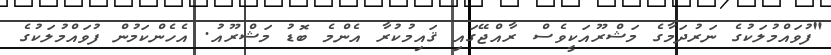
"ފުވައްމުލަކުގެ ނަރުދަމާގެ މަޝްރޫއަކީވެސް ރާއްޖޭގައި ޤައިމުކުރާ އެންމެ ބޮޑު މަޝްރޫއު. އެހެންކަމުން ފުވައްމުލަކުގެ